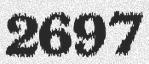
2697